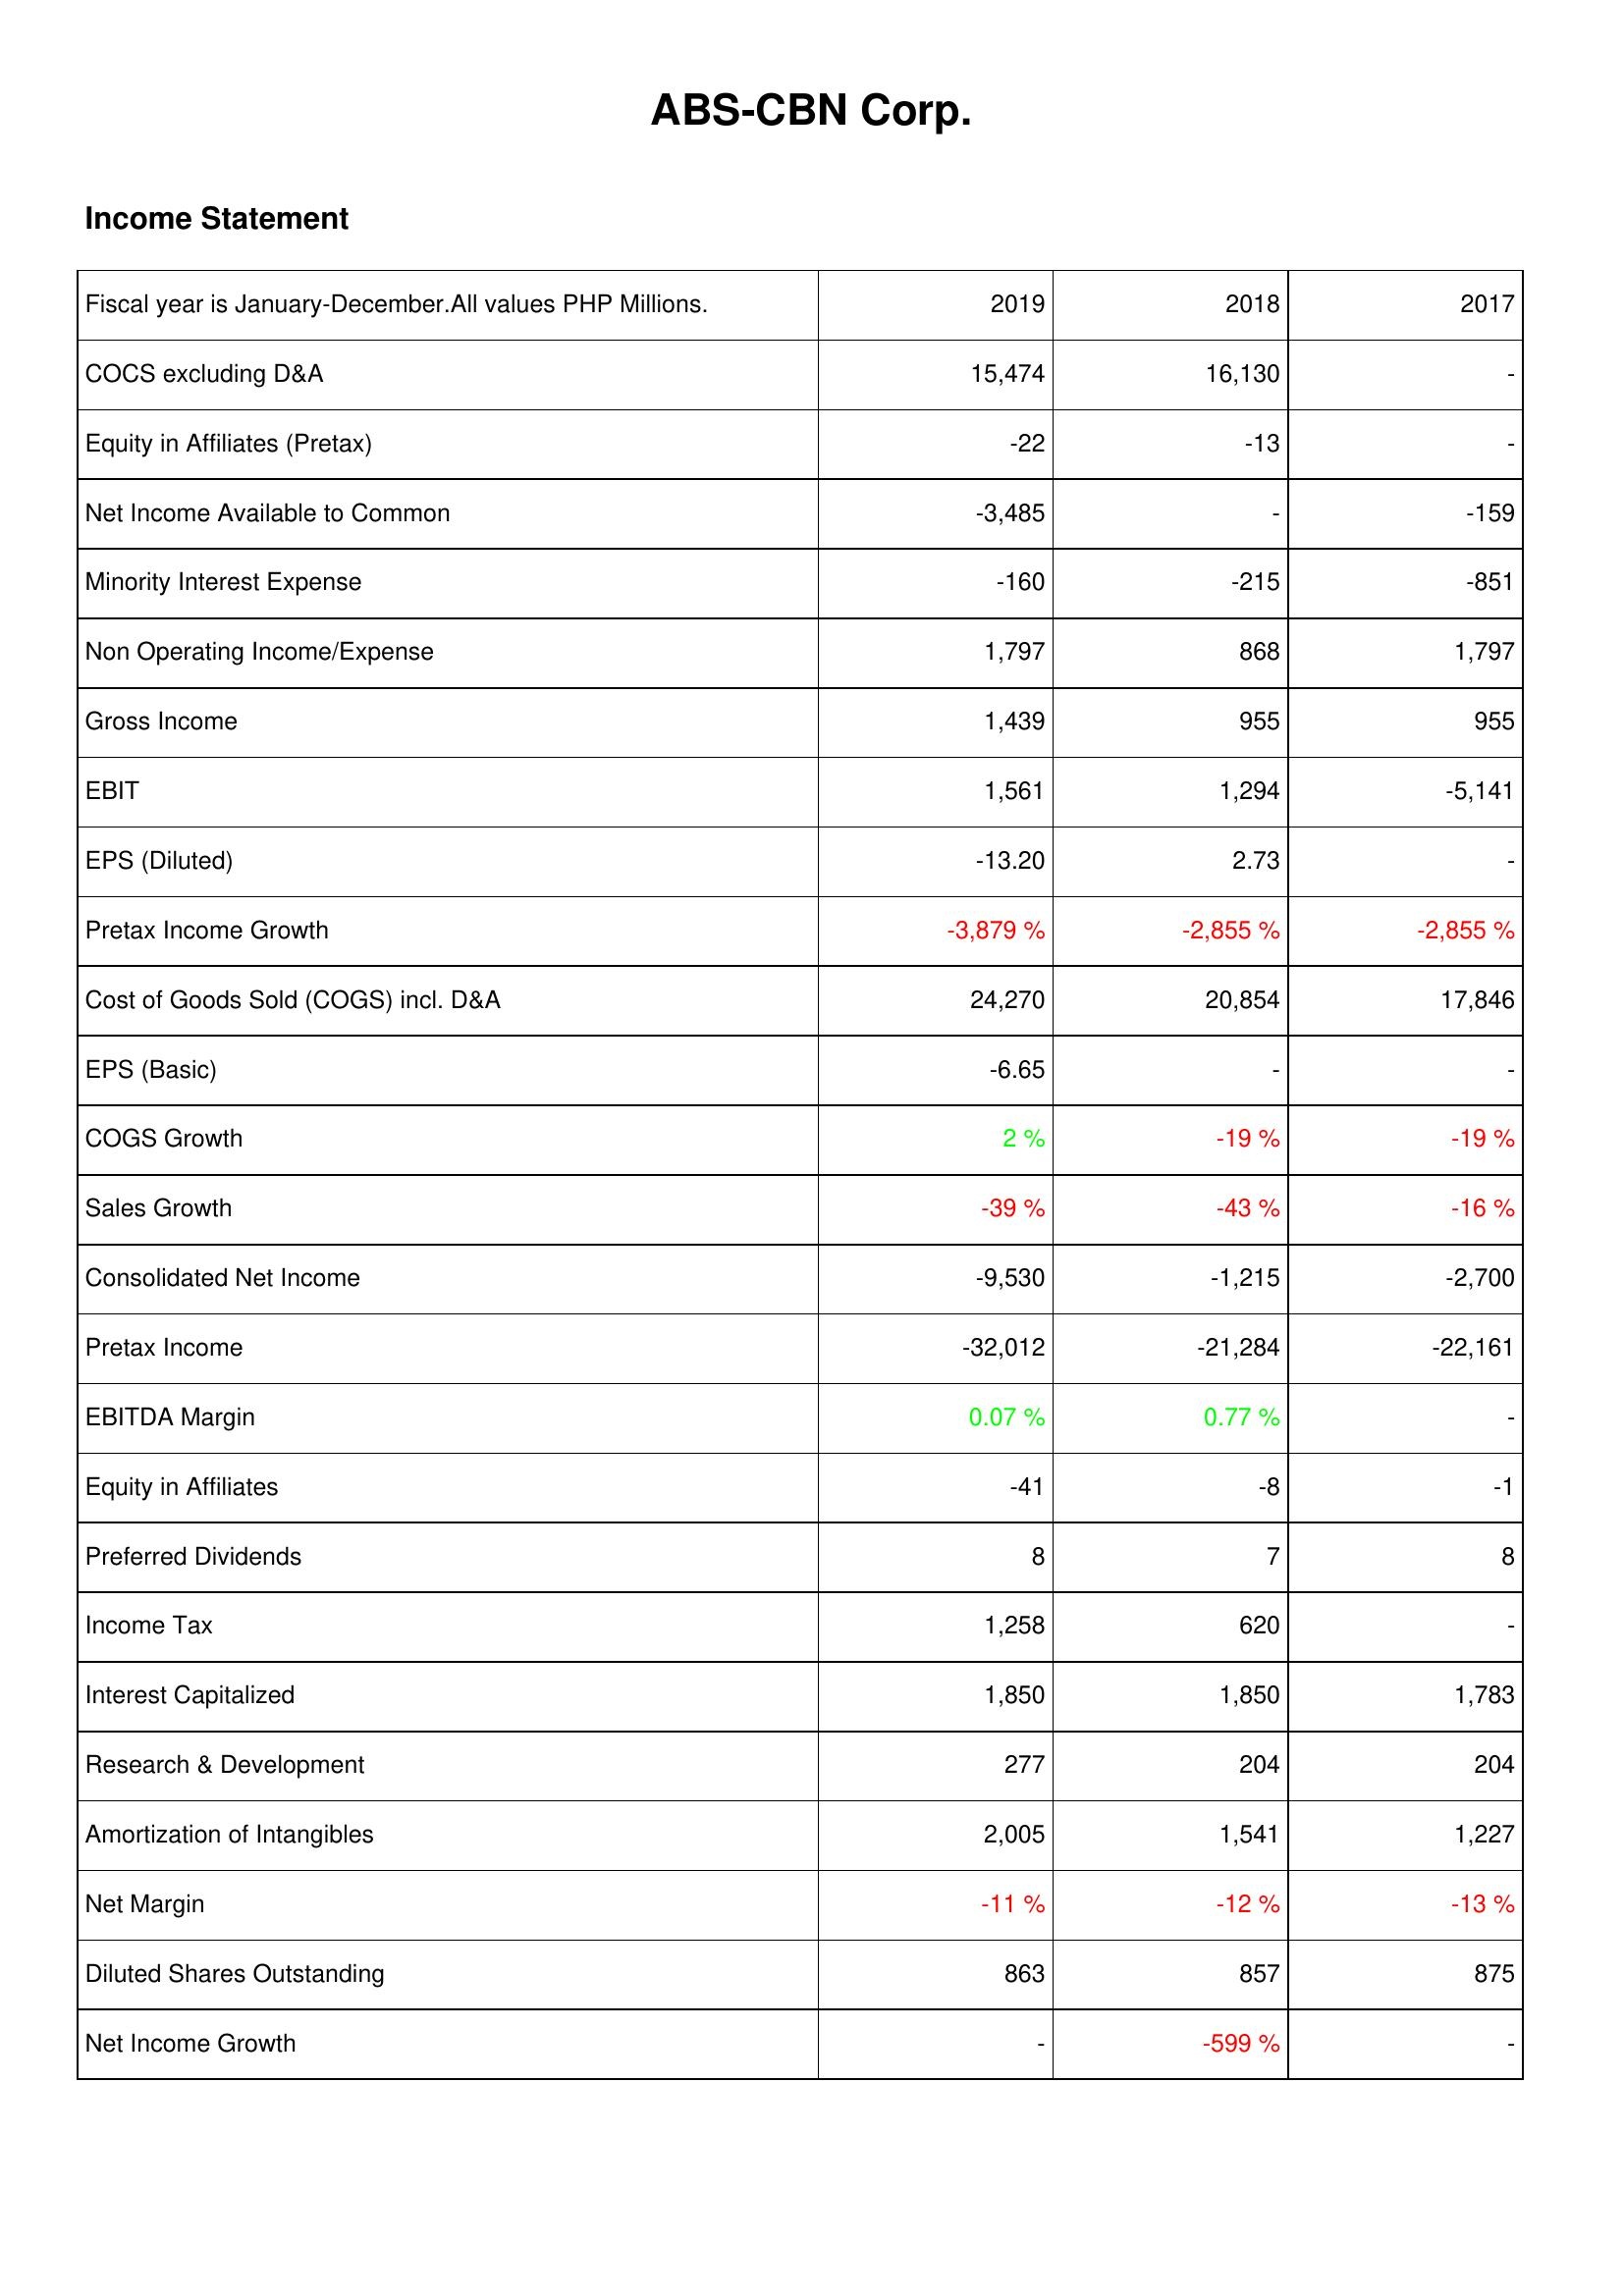
2019: Income Statement: COCS excluding D&A: 15,474
Equity in Affiliates (Pretax): -22
Net Income Available to Common: -3,485
Minority Interest Expense: -160
Non Operating Income/Expense: 1,797
Gross Income: 1,439
EBIT: 1,561
EPS (Diluted): -13.20
Pretax Income Growth: -3,879 %
Cost of Goods Sold (COGS) incl. D&A: 24,270
EPS (Basic): -6.65
COGS Growth: 2 %
Sales Growth: -39 %
Consolidated Net Income: -9,530
Pretax Income: -32,012
EBITDA Margin: 0.07 %
Equity in Affiliates: -41
Preferred Dividends: 8
Income Tax: 1,258
Interest Capitalized: 1,850
Research & Development: 277
Amortization of Intangibles: 2,005
Net Margin: -11 %
Diluted Shares Outstanding: 863
Net Income Growth: -
2018: Income Statement: COCS excluding D&A: 16,130
Equity in Affiliates (Pretax): -13
Net Income Available to Common: -
Minority Interest Expense: -215
Non Operating Income/Expense: 868
Gross Income: 955
EBIT: 1,294
EPS (Diluted): 2.73
Pretax Income Growth: -2,855 %
Cost of Goods Sold (COGS) incl. D&A: 20,854
EPS (Basic): -
COGS Growth: -19 %
Sales Growth: -43 %
Consolidated Net Income: -1,215
Pretax Income: -21,284
EBITDA Margin: 0.77 %
Equity in Affiliates: -8
Preferred Dividends: 7
Income Tax: 620
Interest Capitalized: 1,850
Research & Development: 204
Amortization of Intangibles: 1,541
Net Margin: -12 %
Diluted Shares Outstanding: 857
Net Income Growth: -599 %
2017: Income Statement: COCS excluding D&A: -
Equity in Affiliates (Pretax): -
Net Income Available to Common: -159
Minority Interest Expense: -851
Non Operating Income/Expense: 1,797
Gross Income: 955
EBIT: -5,141
EPS (Diluted): -
Pretax Income Growth: -2,855 %
Cost of Goods Sold (COGS) incl. D&A: 17,846
EPS (Basic): -
COGS Growth: -19 %
Sales Growth: -16 %
Consolidated Net Income: -2,700
Pretax Income: -22,161
EBITDA Margin: -
Equity in Affiliates: -1
Preferred Dividends: 8
Income Tax: -
Interest Capitalized: 1,783
Research & Development: 204
Amortization of Intangibles: 1,227
Net Margin: -13 %
Diluted Shares Outstanding: 875
Net Income Growth: -